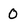
Character: o